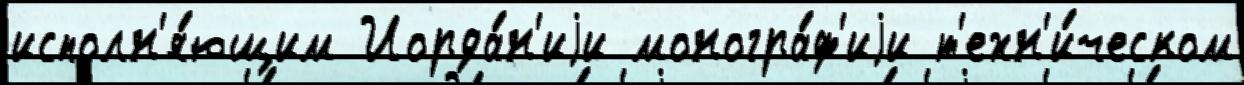
исполн'я́ющим Иорда́н'иjи моногра́ф'иjи т'ехн'и́ческом